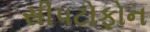
સીપટોફોન